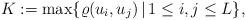
LaTeX: \begin{align*}K:=\max\{\varrho(u_i,u_j)\,|\,1\leq i,j\leq L\},\end{align*}